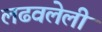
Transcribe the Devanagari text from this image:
लढवलेली